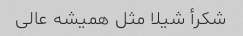
شکرأ شیلا مثل همیشه عالی